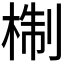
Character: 𭪩